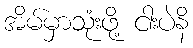
အိမ်မှာသုံးဖို့ ငါးပဲနိ